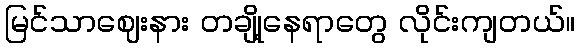
မြင်သာဈေးနား တချို့နေရာတွေ လိုင်းကျတယ်။